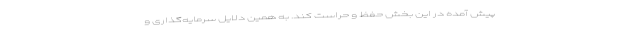
پیش آمده در این بخش حفظ و حراست کند. به همین دلایل سرمایه‌گذاری و